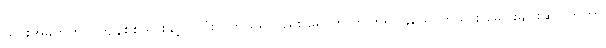
ယင်းအခိုက်တွင် ကျန်စစ်သားနှင့် ငလုံးလက်ဖယ်လည်း ရောက်လာကြ၍ ၄ယောက်သား ခေါင်းချင်းဆိုင်ကြကာ